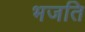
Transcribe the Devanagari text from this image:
भजति